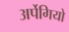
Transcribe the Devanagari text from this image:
अर्पेगियो